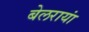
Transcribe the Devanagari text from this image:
बेलरायां